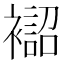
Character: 𧝨